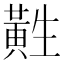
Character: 𱋲